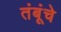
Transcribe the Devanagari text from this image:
तंबूंचे